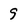
Character: 9